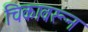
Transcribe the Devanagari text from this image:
चिकावरून